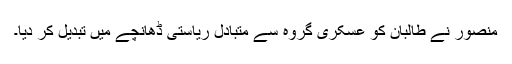
منصور نے طالبان کو عسکری گروہ سے متبادل ریاستی ڈھانچے میں تبدیل کر دیا۔